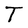
Character: T